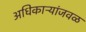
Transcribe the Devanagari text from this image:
अधिकाऱ्यांजवळ